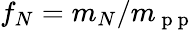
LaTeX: f_{N}=m_{N}/m_{\mathrm{~p~p~}}